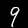
Digit: 9